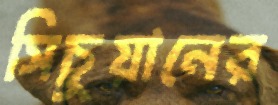
সিচুয়ানের